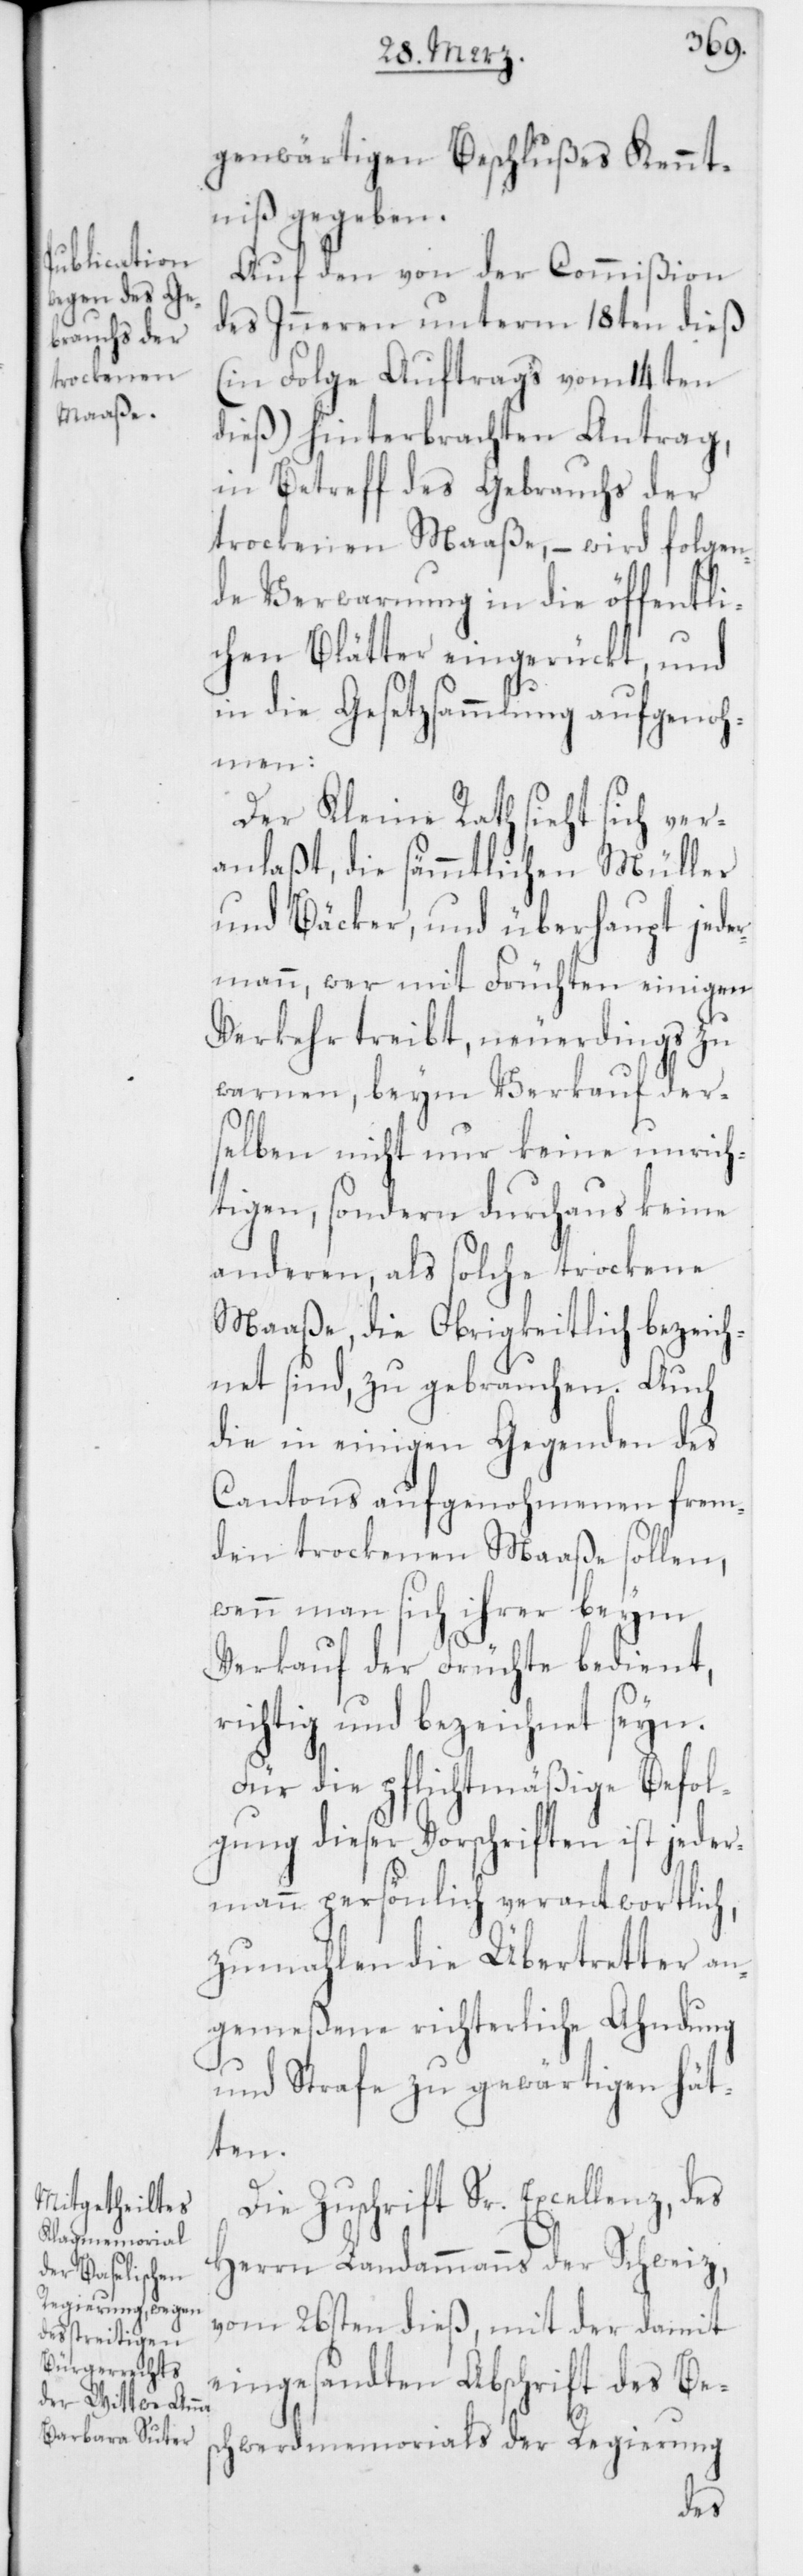
genwärtigen Beschlußes Kennt¬
niß gegeben.
Auf den von der Commißion
des Inneren unterm 18ten dieß
(in Folge Auftrags vom 14ten
dieß) hinterbrachten Antrag,
in Betreff des Gebrauchs der
trockenen Maaße, – wird folgen¬
de Verwarnung in die öffentli¬
chen Blätter eingerückt, und
in die Gesetzsammlung aufgenoh¬
men:
Der Kleine Rath sieht sich ver¬
anlaßt, die sämmtlichen Müller
und Bäcker, und überhaupt jede¬
rmann, wer mit Früchten einigen
Verkehr treibt, neuerdings zu
warnen, beym Verkauf der¬
selben nicht nur keine unrich¬
tigen, sondern durchaus keine
anderen, als solche trockene
Maaße, die Obrigkeitlich bezeich¬
net sind, zu gebrauchen. Auch
die in einigen Gegenden des
Cantons aufgenohmenen frem¬
den trockenen Maaße sollen,
wenn man sich ihrer beym
Verkauf der Früchte bedient,
richtig und bezeichnet seyn.
Für die pflichtmäßige Befol¬
gung dieser Vorschriften ist jeder¬
mann persönlich verantwortlich,
zumahlen die Übertretter an¬
gemeßene richterliche Ahndung
und Strafe zu gewärtigen hät¬
ten.
Die Zuschrift Sr. Excellenz, des
Herrn Landammanns der Schweiz,
vom 26sten dieß, mit der damit
eingesandten Abschrift des Be¬
schwerdmemorials der Regierung